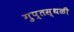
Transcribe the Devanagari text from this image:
गुप्तस्थळी